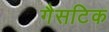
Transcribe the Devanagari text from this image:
गैसटिक